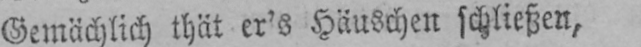
Gemächlich thät er’s Häuschen schließen,